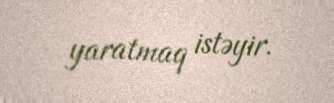
yaratmaq istəyir.